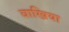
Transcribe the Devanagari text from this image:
बाखिया